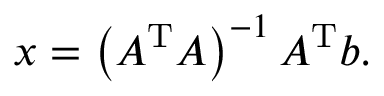
x = \left( A ^ { \mathrm { T } } A \right) ^ { - 1 } A ^ { \mathrm { T } } b .